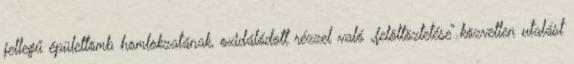
jellegű épülettömb homlokzatának, oxidálódott rézzel való „felöltöztetése” közvetlen utalást